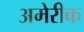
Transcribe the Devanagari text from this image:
अमेरीक